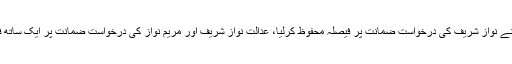
لاہور ہائیکورٹ نے نواز شریف کی درخواست ضمانت پر فیصلہ محفوظ کرلیا، عدالت نواز شریف اور مریم نواز کی درخواست ضمانت پر ایک ساتھ فیصلہ سنائے گی۔